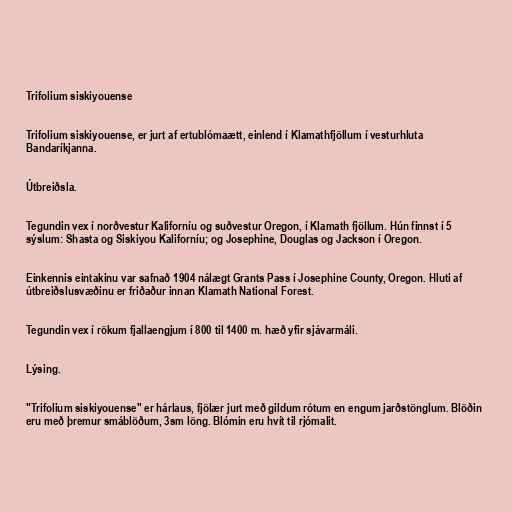
Trifolium siskiyouense

Trifolium siskiyouense, er jurt af ertublómaætt, einlend í Klamathfjöllum í vesturhluta
Bandaríkjanna.

Útbreiðsla.

Tegundin vex í norðvestur Kaliforníu og suðvestur Oregon, í Klamath fjöllum. Hún finnst í 5
sýslum: Shasta og Siskiyou Kaliforníu; og Josephine, Douglas og Jackson í Oregon.

Einkennis eintakinu var safnað 1904 nálægt Grants Pass í Josephine County, Oregon. Hluti af
útbreiðslusvæðinu er friðaður innan Klamath National Forest.

Tegundin vex í rökum fjallaengjum í 800 til 1400 m. hæð yfir sjávarmáli.

Lýsing.

"Trifolium siskiyouense" er hárlaus, fjölær jurt með gildum rótum en engum jarðstönglum. Blöðin
eru með þremur smáblöðum, 3sm löng. Blómin eru hvít til rjómalit.